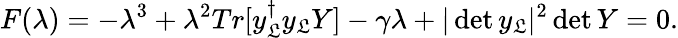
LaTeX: F(\lambda)=-\lambda^{3}+\lambda^{2}Tr[y_{\mathfrak{L}}^{\dagger}y_{\mathfrak{L}}Y]-\gamma\lambda+|\operatorname*{det}y_{\mathfrak{L}}|^{2}\operatorname*{det}Y=0.